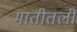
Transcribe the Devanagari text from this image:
मातीतली